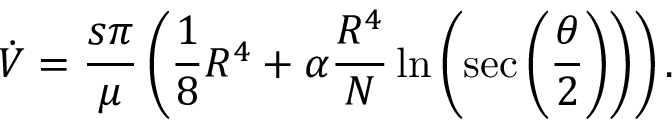
\dot { V } = \frac { s \pi } { \mu } \left( \frac { 1 } { 8 } R ^ { 4 } + \alpha \frac { R ^ { 4 } } { N } \ln \left( \sec \left( \frac { \theta } { 2 } \right) \right) \right) .